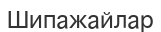
Шипажайлар